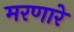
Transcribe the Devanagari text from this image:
मरणारे